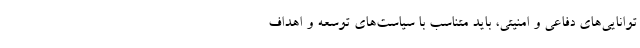
توانايی‌های دفاعی و امنيتی، بايد متناسب با سياست‌های توسعه و اهداف